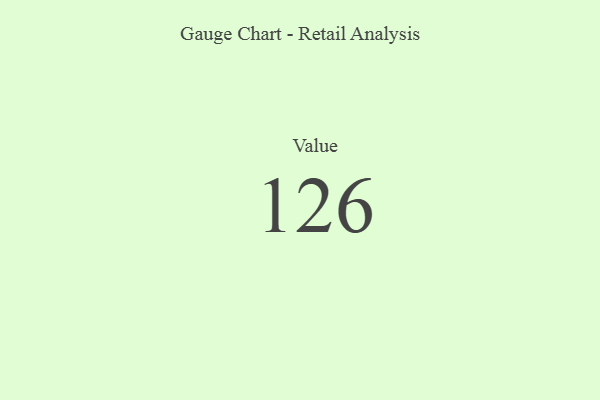
{"axis": {"x": "Metric", "y": "Value"}, "legend": [""], "data": [{"x": "Value", "y": 126, "type": ""}]}